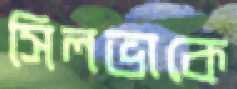
সিলভাকে